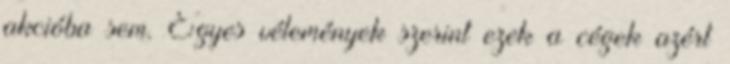
akcióba sem. Egyes vélemények szerint ezek a cégek azért